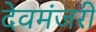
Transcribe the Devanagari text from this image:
देवमंजरी